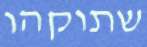
שתוקהו